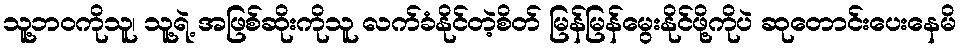
သူ့ဘဝကိုသူ၊ သူ့ရဲ့ အဖြစ်ဆိုးကိုသူ လက်ခံနိုင်တဲ့စိတ် မြန်မြန်မွေးနိုင်ဖို့ကိုပဲ ဆုတောင်းပေးနေမိ